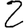
Digit: 2